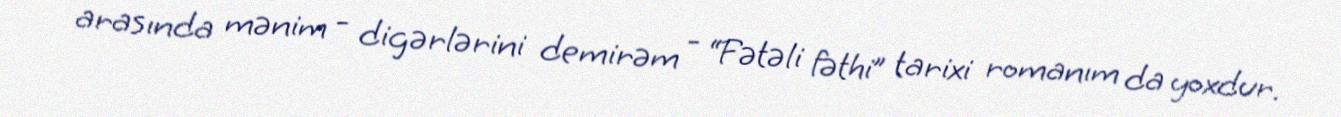
arasında mənim - digərlərini demirəm - “Fətəli fəthi” tarixi romanım da yoxdur.